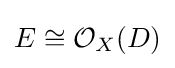
E\cong {\mathcal {O}}_{X}(D)